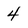
Character: 4